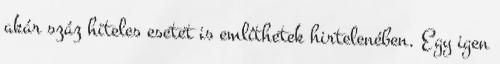
akár száz hiteles esetet is említhetek hirtelenében. Egy igen